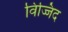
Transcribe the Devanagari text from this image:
विज्जिद